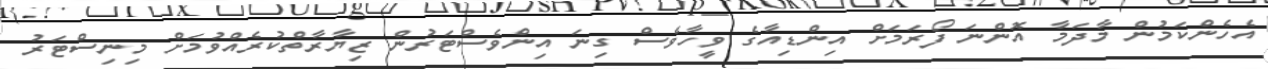
އެހެންކަމުން މާދަމާ އޮންނަ ފޯރަމަށް އިންޑިއާގެ ވީހާވެސް ގިނަ އިންވެސްޓަރުން ޒިޔާރާތްކުރެއްވުމަށް މިނިސްޓަރު